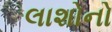
લાશોનો